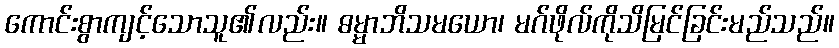
ကောင်းစွာကျင့်သောသူ၏လည်း။ ဓမ္မာဘိသမယော၊ မဂ်ဖိုလ်ကိုသိမြင်ခြင်းမည်သည်။